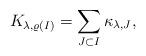
LaTeX: \begin{align*} K_{\lambda,\varrho(I)}=\sum_{J\subset I}\kappa_{\lambda,J},\end{align*}